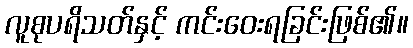
လူစုပရိသတ်နှင့် ကင်းဝေးရခြင်းဖြစ်၏။